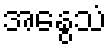
အနွေသံ